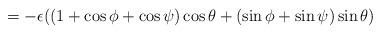
LaTeX: \begin{align*}=-\epsilon((1+\cos\phi+\cos\psi)\cos\theta+(\sin\phi+\sin\psi)\sin\theta)\end{align*}